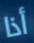
أذا